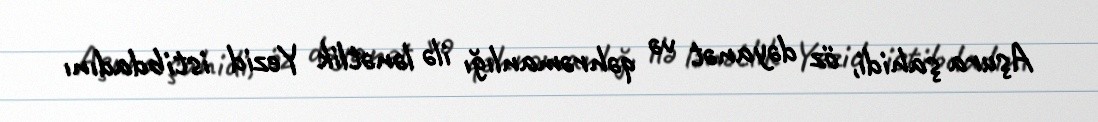
Aşura şahidi, öz dəyanət və qəhrəmanlığı ilə lənətlik Yezid istibdadını